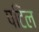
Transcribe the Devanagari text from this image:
पटिल